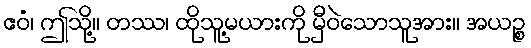
ဧဝံ၊ ဤသို့။ တဿ၊ ထိုသူ့မယားကို မှီဝဲသောသူအား။ အယဉ္စ